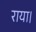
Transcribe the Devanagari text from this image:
राया।